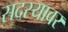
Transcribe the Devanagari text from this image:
सदस्यावर